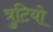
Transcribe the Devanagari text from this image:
त्रुटियो